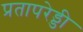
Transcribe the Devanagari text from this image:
प्रतापरेड्डी